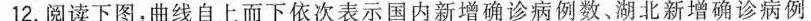
12.阅读下图，曲线自上而下依次表示国内新增确诊病例